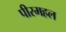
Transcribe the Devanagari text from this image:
पीरमहल